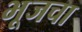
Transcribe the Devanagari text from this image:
भूजचा